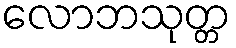
လောဘသုတ္တ